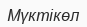
Мүктікөл